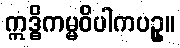
ဣဒ္ဓိကမ္မဝိပါကပဥှ။